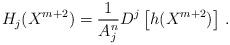
LaTeX: \begin{align*}H_j(X^{m+2})=\frac{1}{A_j^n}D^j\left[h(X^{m+2})\right]\, .\end{align*}